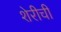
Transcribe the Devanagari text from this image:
शेरीची